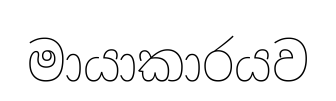
මායාකාරයව